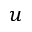
u